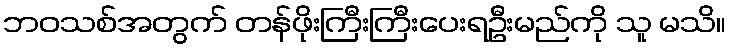
ဘဝသစ်အတွက် တန်ဖိုးကြီးကြီးပေးရဦးမည်ကို သူ မသိ။